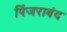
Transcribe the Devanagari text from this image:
पिंजराबंद